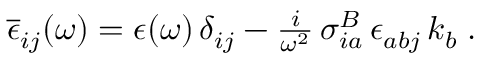
\begin{array} { r } { \overline { { \epsilon } } _ { i j } ( \omega ) = \epsilon ( \omega ) \, \delta _ { i j } - \frac { i } { \omega ^ { 2 } } \, \sigma _ { i a } ^ { B } \, \epsilon _ { a b j } \, k _ { b } \; . } \end{array}